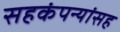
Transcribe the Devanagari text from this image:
सहकंपन्यांसह